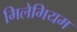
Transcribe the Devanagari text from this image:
मिलेमियम